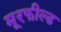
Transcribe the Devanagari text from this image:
मूरफील्ड